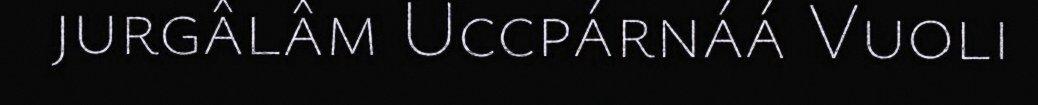
jurgâlâm Uccpárnáá Vuoli